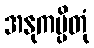
အနုကမ္ပိတုံ